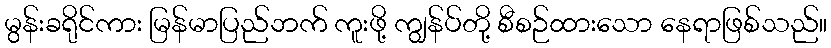
မွန်းခရိုင်ကား မြန်မာပြည်ဘက် ကူးဖို့ ကျွန်ပ်တို့ စီစဉ်ထားသော နေရာဖြစ်သည်။